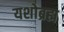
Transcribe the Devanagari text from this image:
यशोब्रह्म